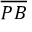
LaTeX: \overline { { P B } }